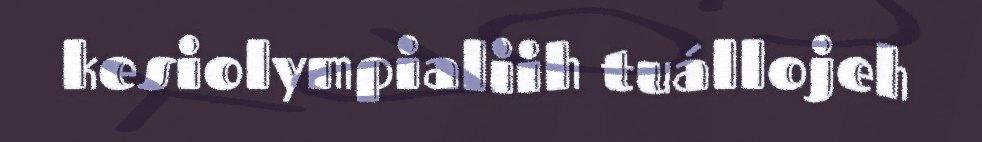
kesiolympialiih tuállojeh